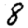
Digit: 8